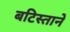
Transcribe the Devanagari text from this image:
बटिस्ताने